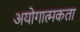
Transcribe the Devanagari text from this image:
अयोगात्मकता